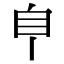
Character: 𦣺